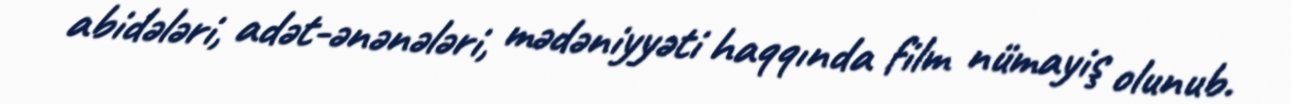
abidələri, adət-ənənələri, mədəniyyəti haqqında film nümayiş olunub.